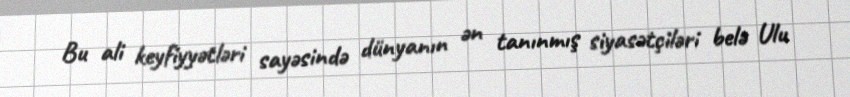
Bu ali keyfiyyətləri sayəsində dünyanın ən tanınmış siyasətçiləri belə Ulu